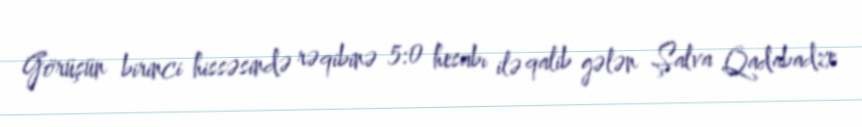
Görüşün birinci hissəsində rəqibinə 5:0 hesabı ilə qalib gələn Şalva Qadabadze